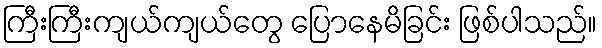
ကြီးကြီးကျယ်ကျယ်တွေ ပြောနေမိခြင်း ဖြစ်ပါသည်။